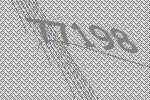
77198